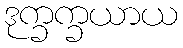
ဒုက္ခက္ခယာယ